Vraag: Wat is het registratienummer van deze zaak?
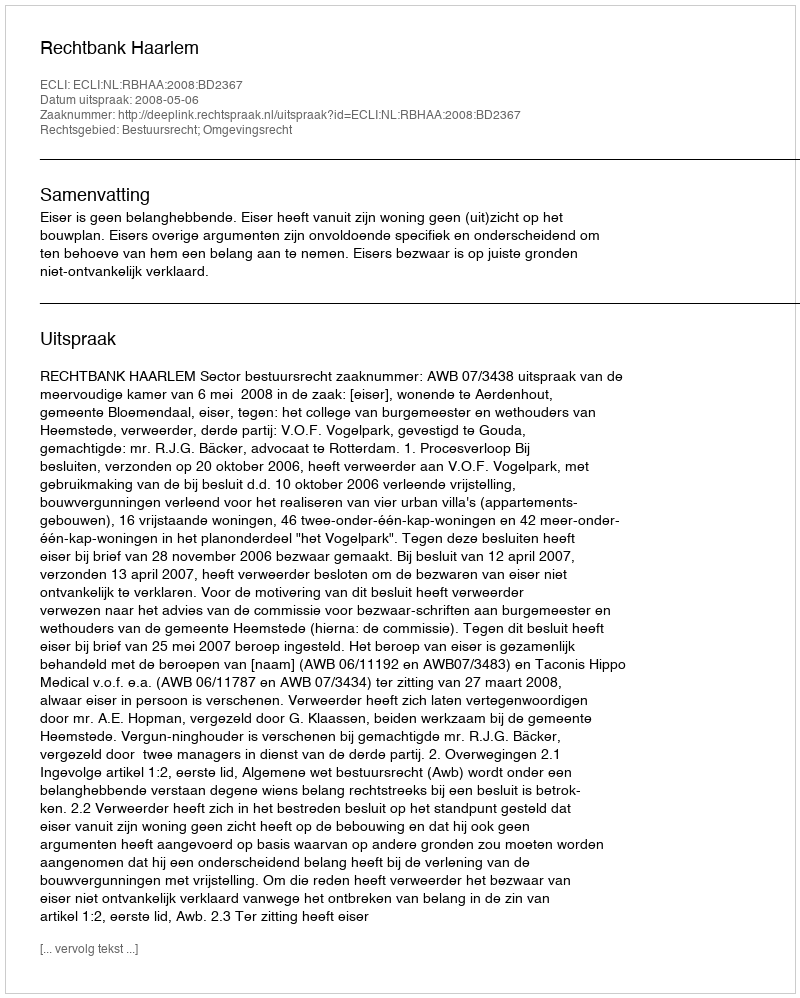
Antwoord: http://deeplink.rechtspraak.nl/uitspraak?id=ECLI:NL:RBHAA:2008:BD2367